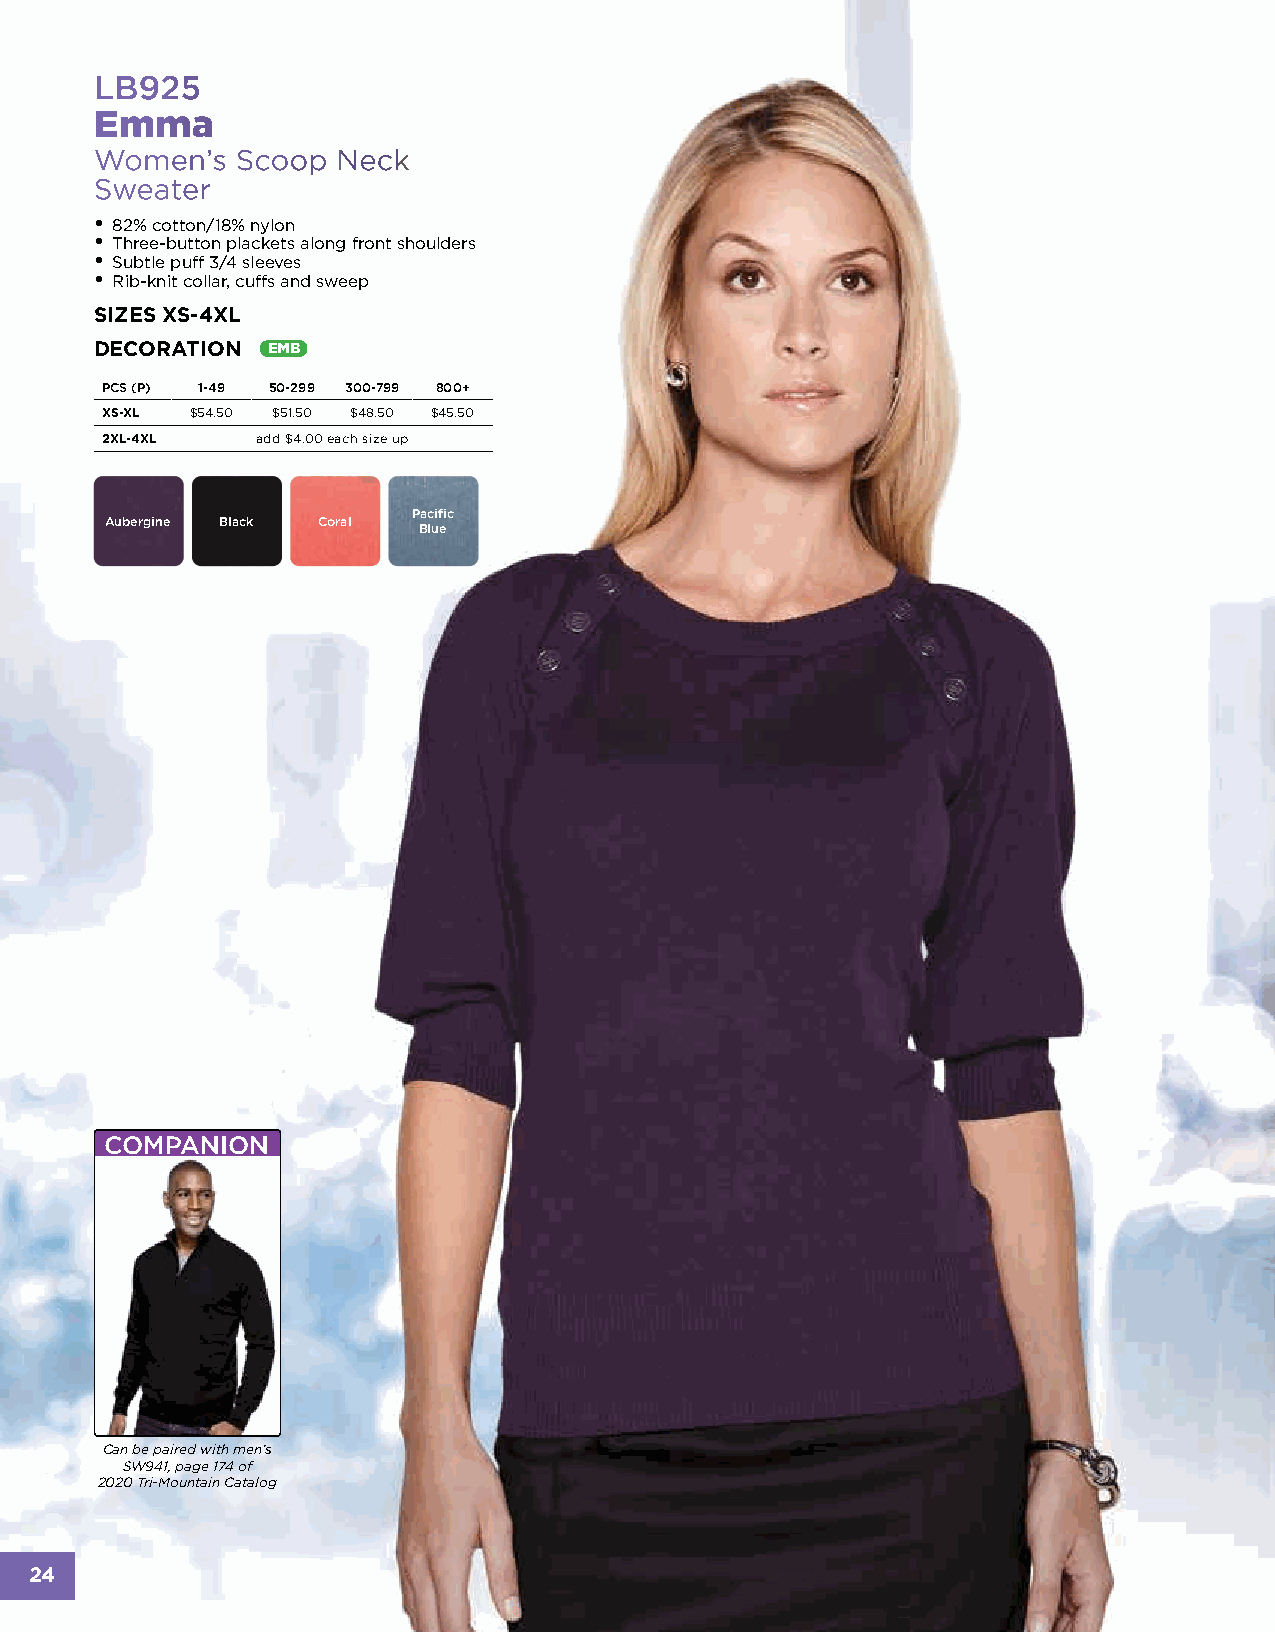
LB925
 Emma
 Women’s   Scoop Neck
 Sweater
 • 82% cotton/18% nylon
 • Three-button plackets along front shoulders
 • Subtle puff 3/4 sleeves
 • Rib-knit collar, cuffs and sweep
 SIZES XS-4XL
 DECORATION  EMB
 PCS (P) 1-49 50-299 300-799 800+
 XS-XL $54.50 $51.50 $48.50 $45.50
 2XL-4XL   add $4.00 each size up
 Pacific
 Aubergine Black Coral
 Blue
 COMPANION
 Can be paired with men’s
 SW941, page 174 of
 2020 Tri-Mountain Catalog
 24